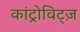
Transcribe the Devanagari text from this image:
कांट्रोविट्ज़